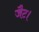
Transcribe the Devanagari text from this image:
जैट।